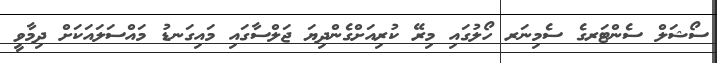
ސޯޝަލް ސެންޓަރގެ ސެމިނަރ ހޯލުގައި މިރޭ ކުރިއަށްގެންދިޔަ ޖަލްސާގައި މައިގަނޑު މައްސަލައަކަށް ދިމާވީ